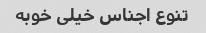
تنوع اجناس خیلی خوبه